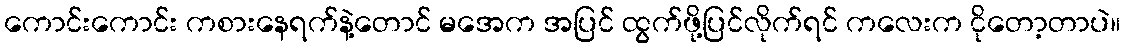
ကောင်းကောင်း ကစားနေရက်နဲ့တောင် မအေက အပြင် ထွက်ဖို့ပြင်လိုက်ရင် ကလေးက ငိုတော့တာပဲ။